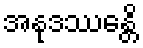
အနုဒဿေန္တိ